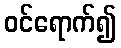
ဝင်ရောက်၍